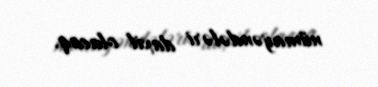
nümayəndələri daxil olacaq.